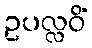
ဥပလ္လဝိံ